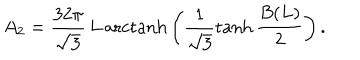
A _ { 2 } = \frac { 3 2 \pi } { \sqrt { 3 } } \, L \, \mathrm { a r c t a n h } \left( \frac { 1 } { \sqrt { 3 } } \tanh \frac { B ( L ) } { 2 } \right) .